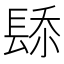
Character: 𨲁